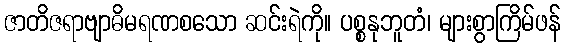
ဇာတိဇရာဗျာဓိမရဏစသော ဆင်းရဲကို။ ပစ္စနုဘူတံ၊ များစွာကြိမ်ဖန်